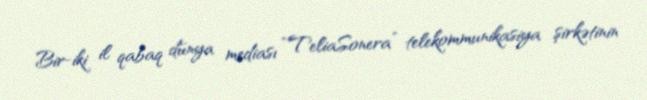
Bir-iki il qabaq dünya mediası “TeliaSonera” telekommunikasiya şirkətinin